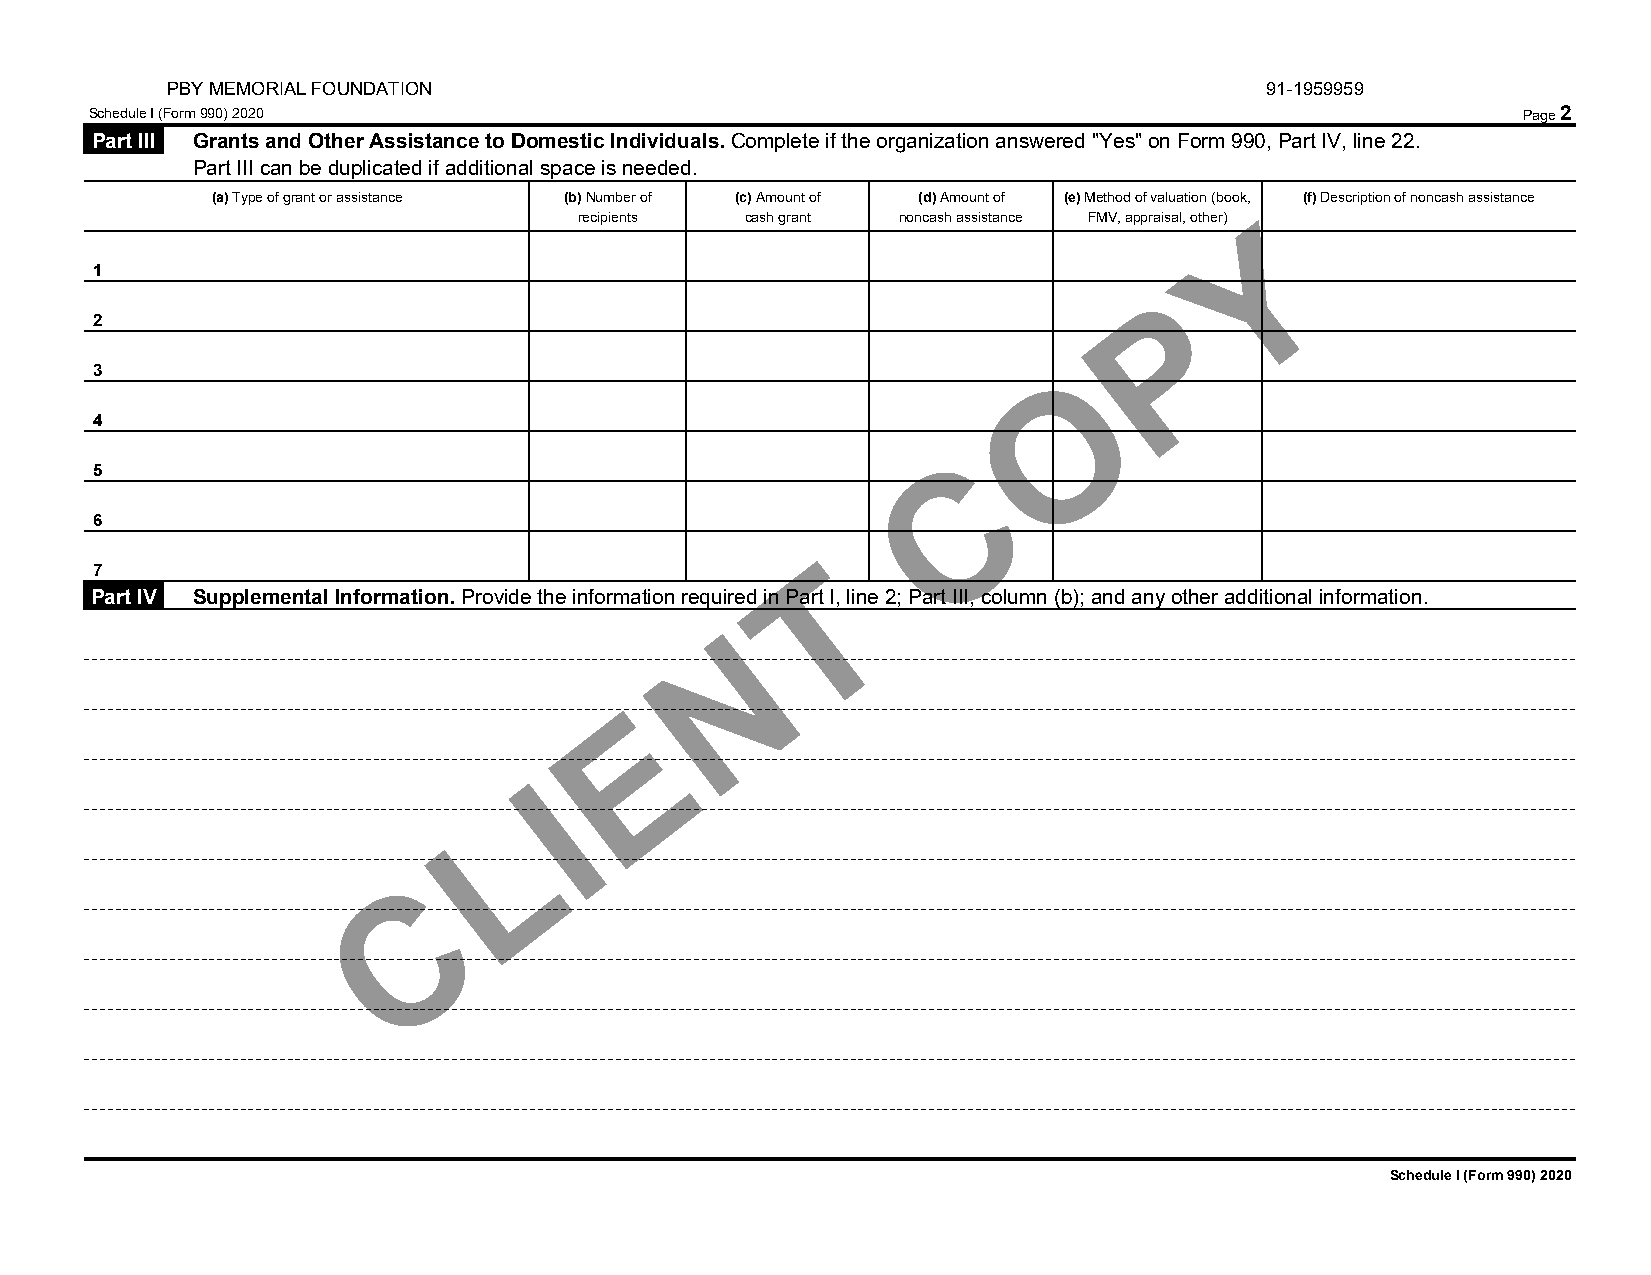
PBY MEMORIAL FOUNDATION                                                  91-1959959
 Schedule I (Form 990) 2020                                                                     Page 2
 Part III Grants and Other Assistance to Domestic Individuals. Complete if the organization answered "Yes" on Form 990, Part IV, line 22.
 Part III can be duplicated if additional space is needed.
 (a) Type of grant or assistance (b) Number of (c) Amount of (d) Amount of (e) Method of valuation (booYk, (f) Description of noncash assistance
 recipients cash grant noncash assistance FMV, appraisal, other)
 1
 P
 2
 O
 3
 4
 C
 5
 6
 T
 7
 Part IV Supplemental Information. Provide the information required in Part I, line 2; Part III, column (b); and any other additional information.
 N
 E
 I
 L
 C
 Schedule I (Form 990) 2020